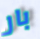
بار